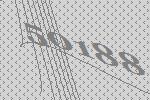
50188